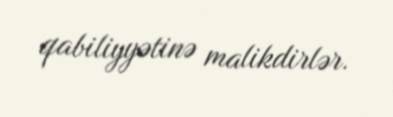
qabiliyyətinə malikdirlər.